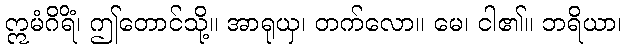
ဣမံဂိရိံ၊ ဤတောင်သို့။ အာရုယှ၊ တက်လော။ မေ၊ ငါ၏။ ဘရိယာ၊